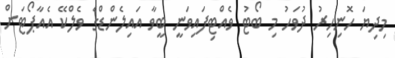
މިދިޔަ ހޮނިހިރު ދުވަހު މި ބޯޓު ވެއްޓިފައިވަނީ ބީވާ އައިލެންޑްގެ ވެލްކޭ އެއާޕޯޓަށް